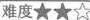
难度